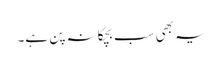
یہ بھی سب بچکانہ پن ہے۔